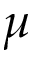
\mu